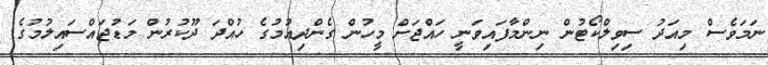
ނަމަވެސް މިއަދު ސިވިލްކޯޓުން ނިންމާފައިވަނީ ހައްޖަށް މީހުން ގެންދިއުމުގެ ހުއްދަ ދޫކުރުން މަޑުޖައްސައިލުމުގެ